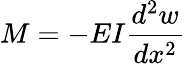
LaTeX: M=-EI{\frac{d^{2}w}{dx^{2}}}